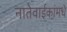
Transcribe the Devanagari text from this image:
नातेवाईकांमधे